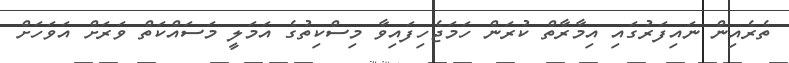
ތެރެއިން ނައިފަރުގައި އިމާރާތް ކުރަން ހަމަޖެހިފައިވާ މިސްކިތުގެ އަމަލީ މަސައްކަތް ވަރަށް އަވަހަށް